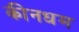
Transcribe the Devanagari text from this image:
कीनधम